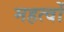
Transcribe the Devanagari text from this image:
महत्वों